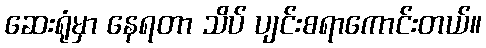
ဆေးရုံမှာ နေရတာ သိပ် ပျင်းစရာကောင်းတယ်။